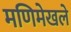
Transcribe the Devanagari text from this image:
मणिमेखले